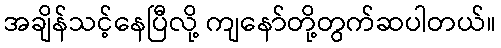
အချိန်သင့်နေပြီလို့ ကျနော်တို့တွက်ဆပါတယ်။